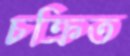
চক্রিত